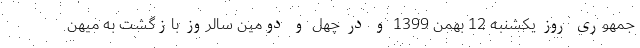
جمهوری روز یکشنبه 12 بهمن 1399 و در چهل و دومین سالروز بازگشت به میهن